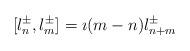
LaTeX: \begin{align*}[l^\pm_n,l^\pm_m]=\imath (m-n)l^\pm_{n+m}~~\end{align*}